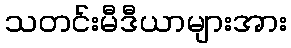
သတင်းမီဒီယာများအား